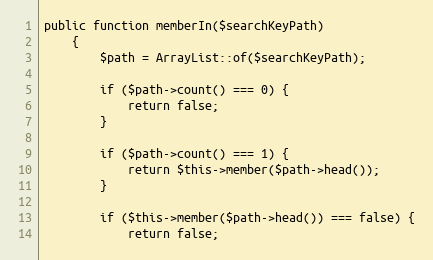
Language: PHP
public function memberIn($searchKeyPath)
    {
        $path = ArrayList::of($searchKeyPath);

        if ($path->count() === 0) {
            return false;
        }

        if ($path->count() === 1) {
            return $this->member($path->head());
        }

        if ($this->member($path->head()) === false) {
            return false;